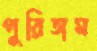
পুরিতাম